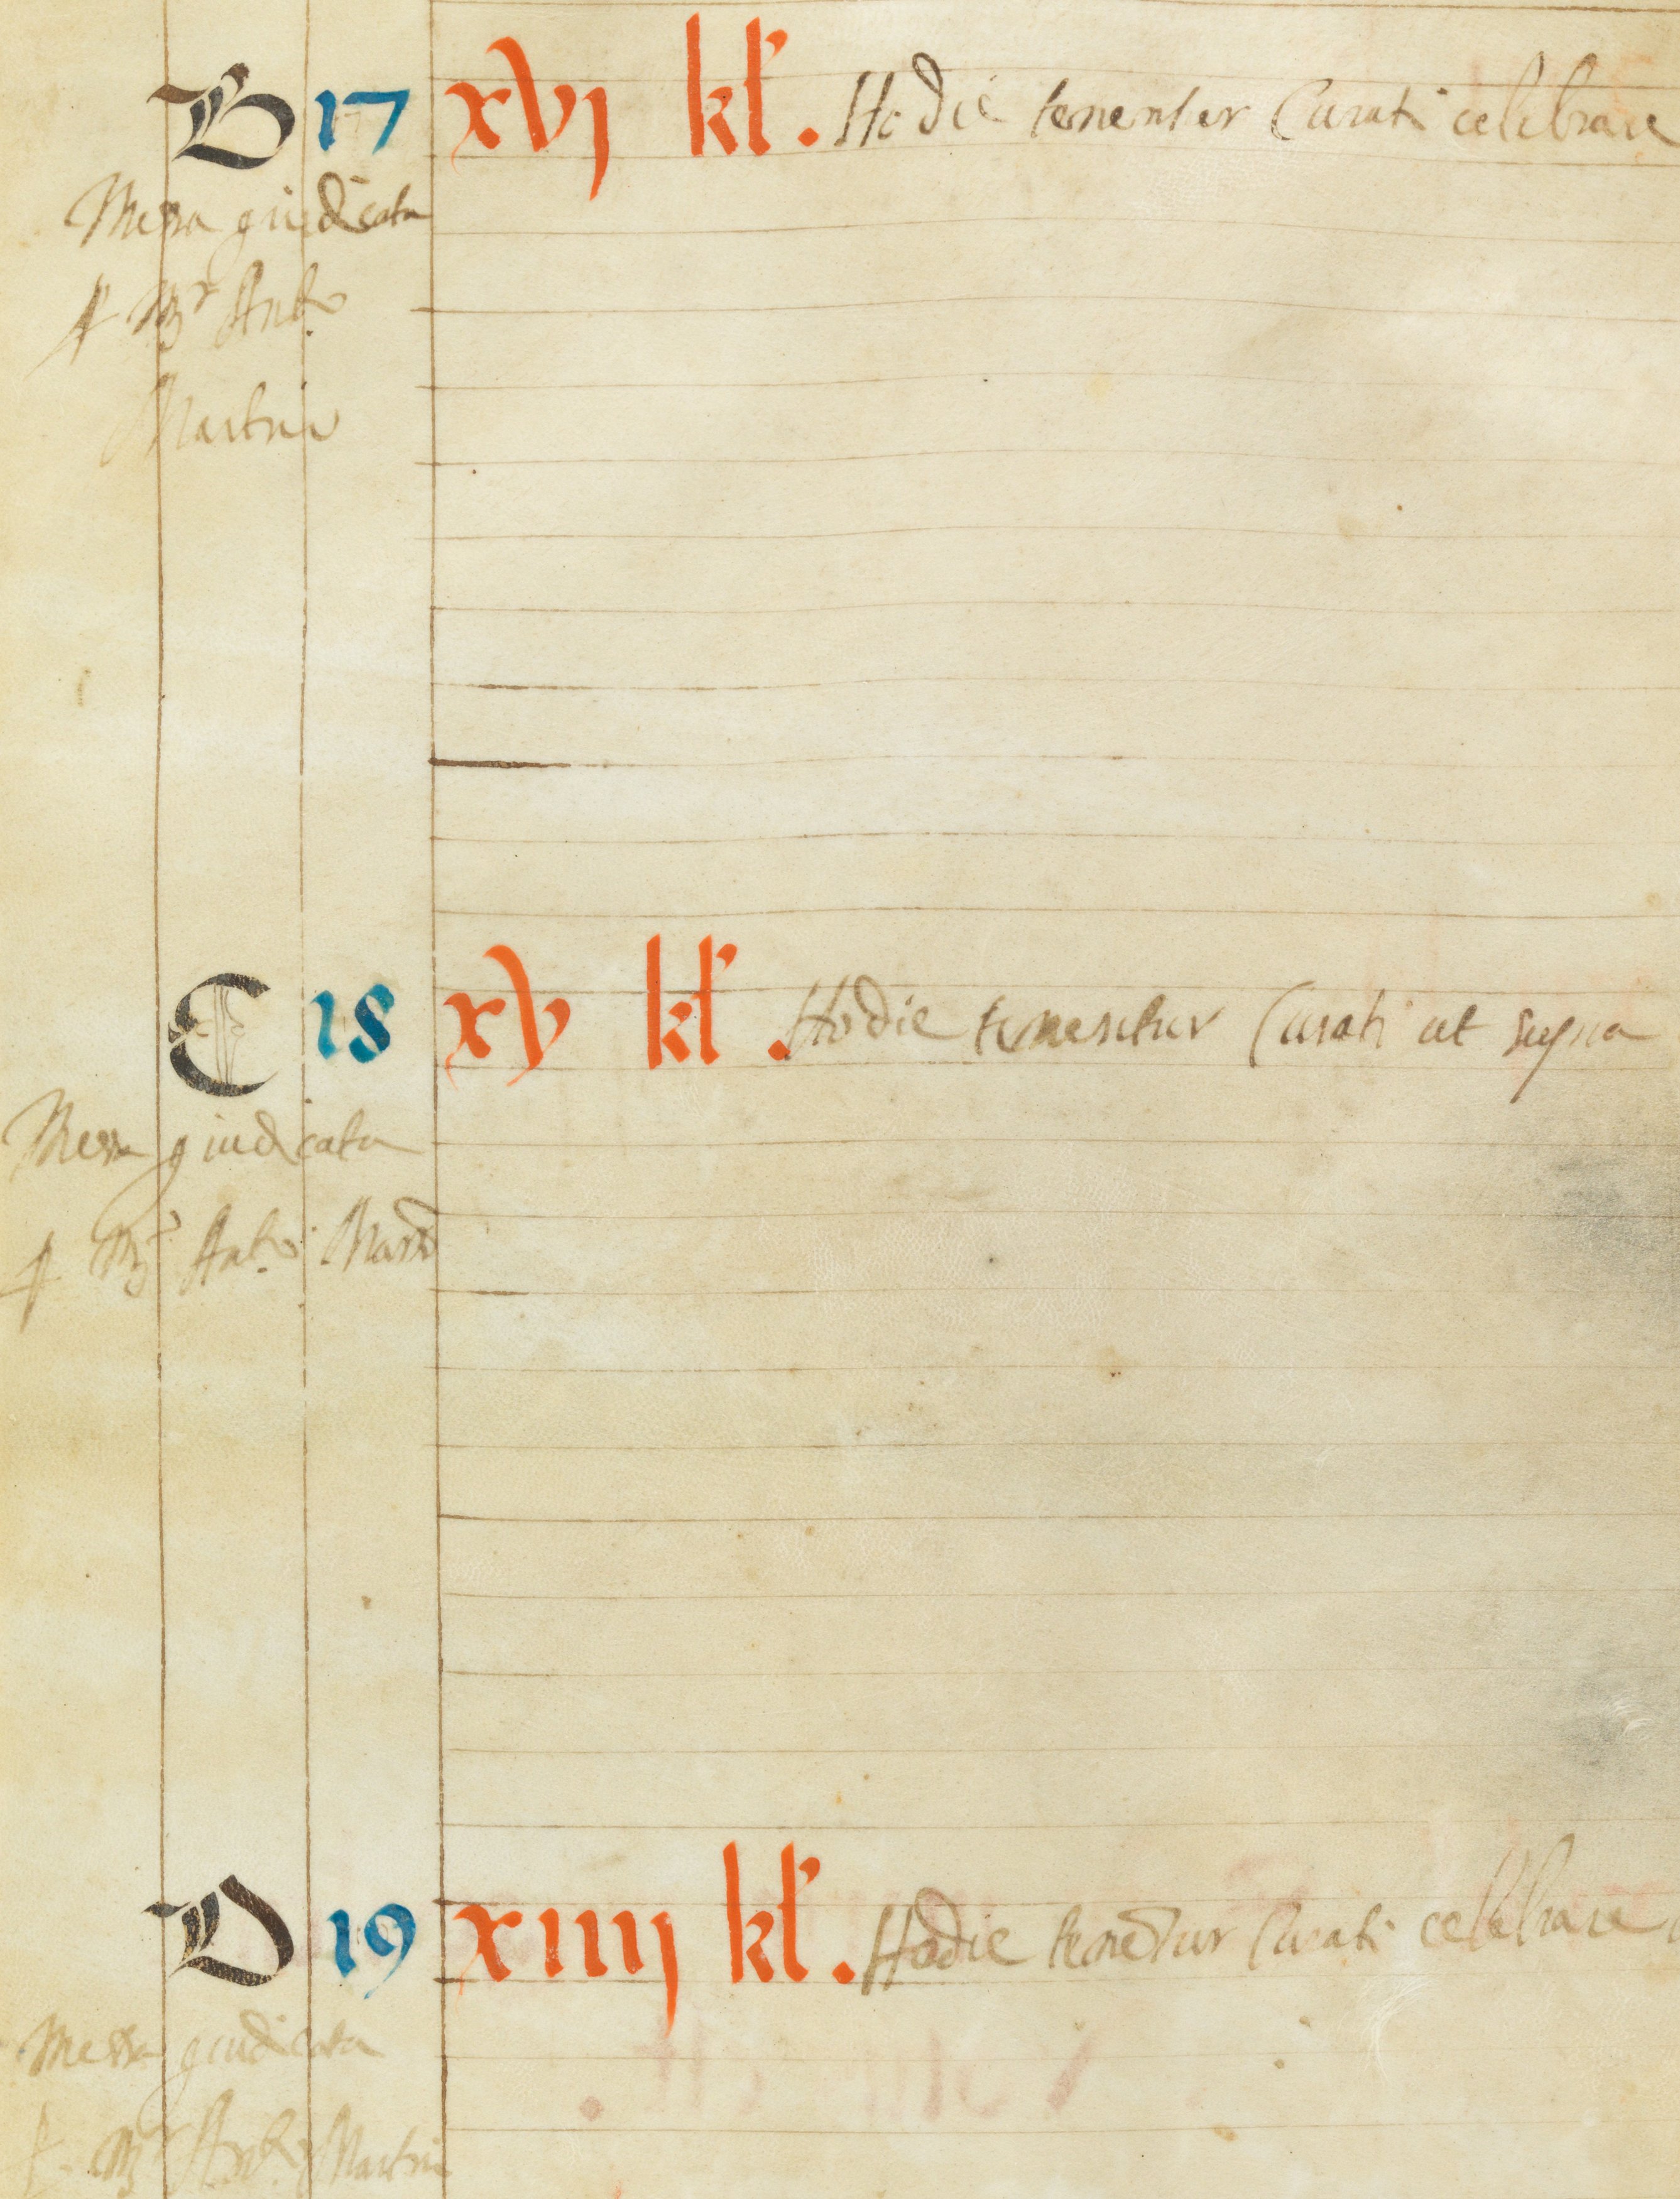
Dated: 1545–1555